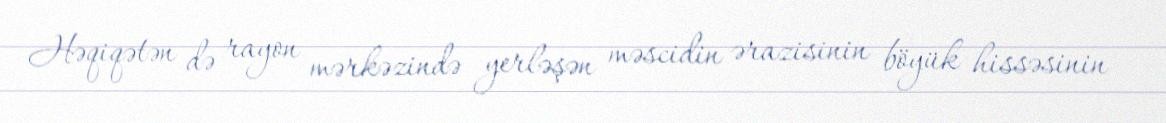
Həqiqətən də rayon mərkəzində yerləşən məscidin ərazisinin böyük hissəsinin